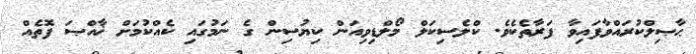
ޙާޞިލްކުރައްވާފައިވާ ފަރާތެކެވެ. ކްލެސިކަލް މޯލްޑިވިއަން ކިޔުސިން ގެ ނަމުގައި ކެއްކުމަށް ޚާއްޞަ ފޮތެއް